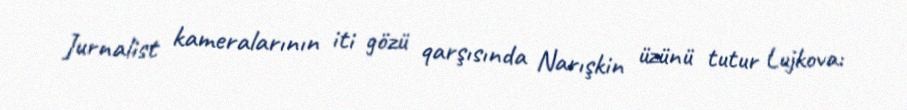
Jurnalist kameralarının iti gözü qarşısında Narışkin üzünü tutur Lujkova: